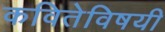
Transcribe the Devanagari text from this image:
कवितेविषयी